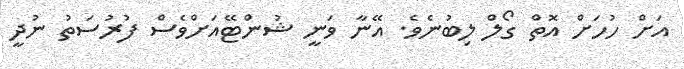
އަށް ހުހަށް އޮތް ގޯލް ލިބުނެވެ. އޭނާ ވަނީ ޝުންޓޭއަށްވެސް ފުރުސަތު ނުދީ